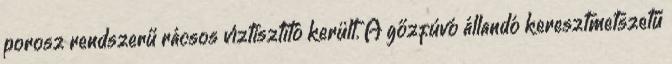
porosz rendszerű rácsos víztisztító került. A gőzfúvó állandó keresztmetszetű